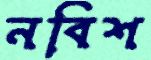
নবিশ